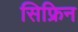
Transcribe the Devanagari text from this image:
सिफ्रिन